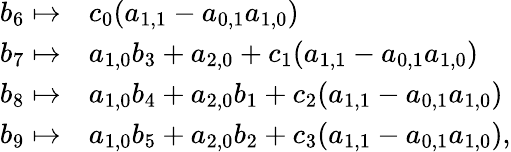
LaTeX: \begin{array}{rl}{b_{6}\mapsto}&{c_{0}(a_{1,1}-a_{0,1}a_{1,0})}\\ {b_{7}\mapsto}&{a_{1,0}b_{3}+a_{2,0}+c_{1}(a_{1,1}-a_{0,1}a_{1,0})}\\ {b_{8}\mapsto}&{a_{1,0}b_{4}+a_{2,0}b_{1}+c_{2}(a_{1,1}-a_{0,1}a_{1,0})}\\ {b_{9}\mapsto}&{a_{1,0}b_{5}+a_{2,0}b_{2}+c_{3}(a_{1,1}-a_{0,1}a_{1,0}),}\end{array}